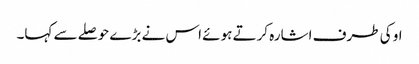
او کی طرف اشارہ کرتے ہوئے اس نے بڑے حوصلے سے کہا۔